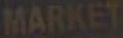
MARKET